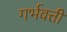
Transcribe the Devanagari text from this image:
गर्भवत्ती